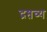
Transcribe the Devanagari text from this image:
द्रष्तव्य